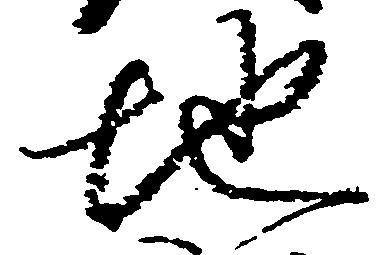
地